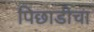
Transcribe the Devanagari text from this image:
पिछाडीचा